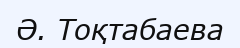
Ә. Тоқтабаева